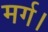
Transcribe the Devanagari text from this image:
मर्ग।